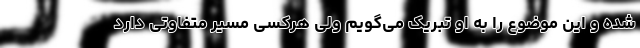
شده و این موضوع را به او تبریک می‌گویم ولی هرکسی مسیر متفاوتی دارد